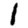
Digit: 1